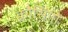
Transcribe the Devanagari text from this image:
क्रौसिंगों